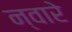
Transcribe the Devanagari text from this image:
न्वारे